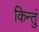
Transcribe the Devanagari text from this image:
किन्तुं